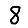
Digit: 8